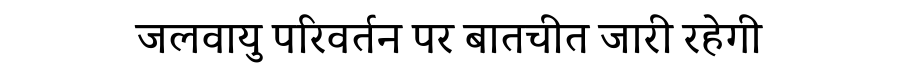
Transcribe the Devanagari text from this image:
जलवायु परिवर्तन पर बातचीत जारी रहेगी